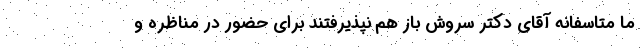
ما متاسفانه آقای دکتر سروش باز هم نپذیرفتند برای حضور در مناظره و